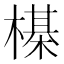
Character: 㯦